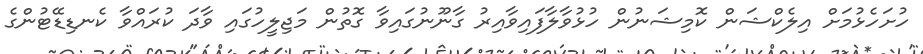
ހުށަހެޅުމަށް އިލެކްޝަން ކޮމިޝަނުން ހުޅުވާލާފައިވާއިރު ގާނޫނުގައިވާ ގޮތުން މަޖިލީހުގައި ވާދަ ކުރައްވާ ކެނޑިޑޭޓުންގެ